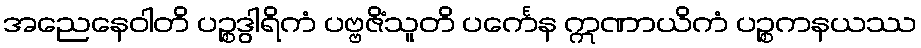
အညေနေဝါတိ ပဉ္စဒွါရိကံ ပဗ္ဗဇိံသူတိ ပင်္ကေန ဣဏာယိကံ ပဉ္စကနယဿ